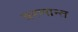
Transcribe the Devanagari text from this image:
चरणान्त